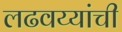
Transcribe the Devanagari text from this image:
लढवय्यांची